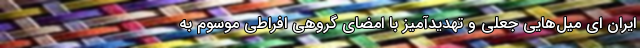
ایران ای میل‌هایی جعلی و تهدید‌آمیز با امضای گروهی افراطی موسوم به